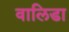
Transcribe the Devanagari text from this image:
वालिडा